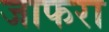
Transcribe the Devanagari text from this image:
जाफरा